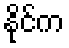
နိုင်က